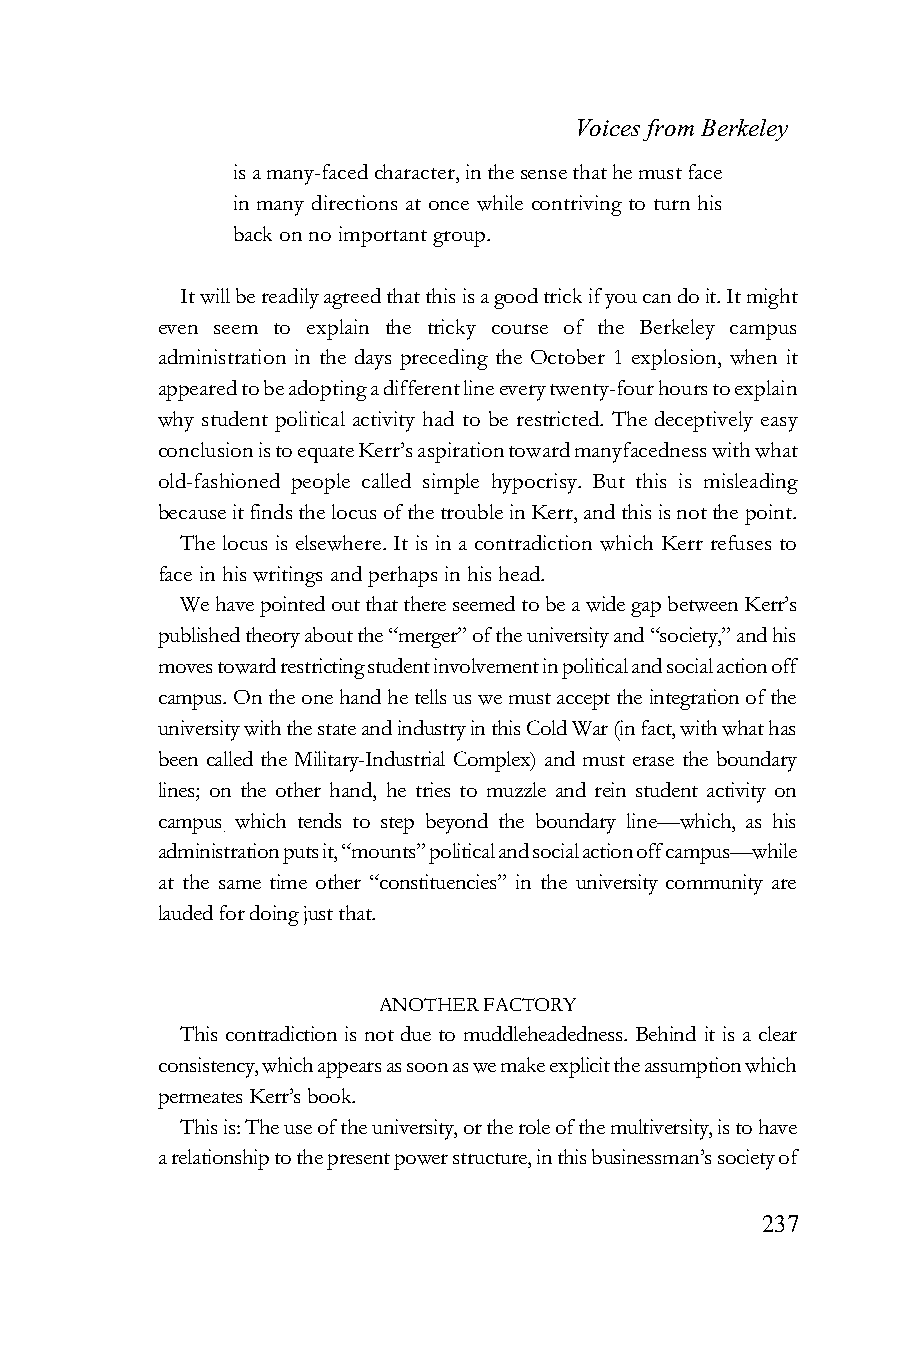
Voices from Berkeley
 is a many-faced character, in the sense that he must face
 in many directions at once while contriving to turn his
 back on no important group.
 It will be readily agreed that this is a good trick if you can do it. It might
 even seem to explain the tricky course of the Berkeley campus
 administration in the days preceding the October 1 explosion, when it
 appeared to be adopting a different line every twenty-four hours to explain
 why student political activity had to be restricted. The deceptively easy
 conclusion is to equate Kerr’s aspiration toward manyfacedness with what
 old-fashioned people called simple hypocrisy. But this is misleading
 because it finds the locus of the trouble in Kerr, and this is not the point.
 The locus is elsewhere. It is in a contradiction which Kerr refuses to
 face in his writings and perhaps in his head.
 We have pointed out that there seemed to be a wide gap between Kerr’s
 published theory about the “merger” of the university and “society,” and his
 moves toward restricting student involvement in political and social action off
 campus. On the one hand he tells us we must accept the integration of the
 university with the state and industry in this Cold War (in fact, with what has
 been called the Military-Industrial Complex) and must erase the boundary
 lines; on the other hand, he tries to muzzle and rein student activity on
 campus which tends to step beyond the boundary line—which, as his
 .
 administration puts it, “mounts” political and social action off campus—while
 at the same time other “constituencies” in the university community are
 lauded for doing just that.
 ANOTHER FACTORY
 This contradiction is not due to muddleheadedness. Behind it is a clear
 consistency, which appears as soon as we make explicit the assumption which
 permeates Kerr’s book.
 This is: The use of the university, or the role of the multiversity, is to have
 a relationship to the present power structure, in this businessman’s society of
 237